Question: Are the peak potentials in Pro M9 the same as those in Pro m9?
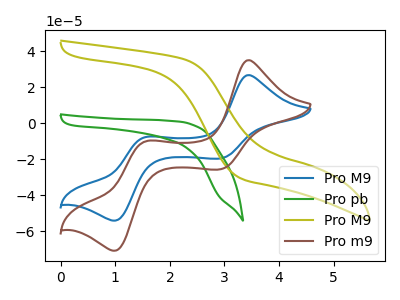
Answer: <think>The blue curve "Pro M9" has anodic peaks at (3.45V, 26.80uA) (1.55V, -7.65uA) and cathodic peaks at (2.95V, -19.50uA) (1.00V, -54.05uA). The green curve "Pro pb" has no peaks. The olive curve "Pro M9" has no peaks. The brown curve "Pro m9" has anodic peaks at (3.45V, 35.10uA) (1.55V, -10.05uA) and cathodic peaks at (2.95V, -25.50uA) (1.00V, -70.75uA).</think>
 <answer>Yes, "Pro M9" have a peak in "Pro m9" at the same potential.</answer>
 <eval>match</eval>